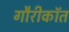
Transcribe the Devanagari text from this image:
गौरीकॉत